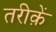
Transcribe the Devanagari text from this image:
तरीक़ें